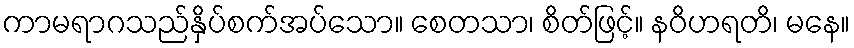
ကာမရာဂသည်နှိပ်စက်အပ်သော။ စေတသာ၊ စိတ်ဖြင့်။ နဝိဟရတိ၊ မနေ။